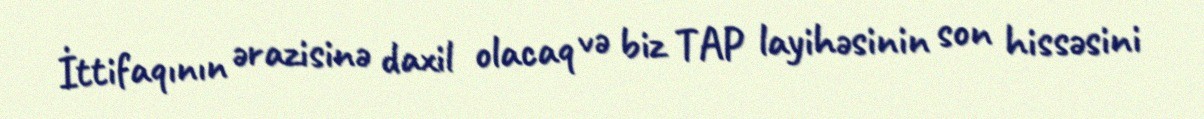
İttifaqının ərazisinə daxil olacaq və biz TAP layihəsinin son hissəsini